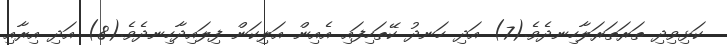
ކަޅިވިދި ތަރަތަރަލާހިނދެވެ.(7) އަދި ހަނދު ކޭތަހިފައި އެއިން އަލިކަން ފިލައިދާހިނދެވެ.(8) އަދި އިރާއި